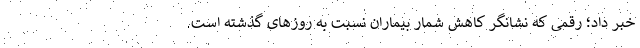
خبر داد؛ رقمی که نشانگر کاهش شمار بیماران نسبت به روزهای گذشته است.